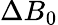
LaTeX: \Delta B_{0}